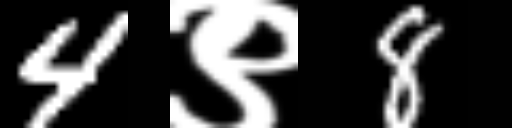
Text: 4९8